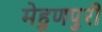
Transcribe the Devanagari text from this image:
मेहुणपुरी